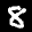
Label: 8